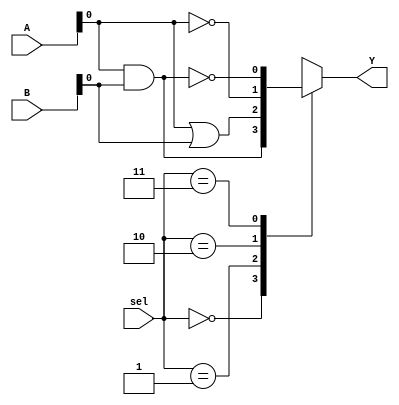
module combinational_logic_block (
    input wire [3:0] A,     // 4-bit input vector
    input wire [3:0] B,     // 4-bit input vector
    input wire [1:0] sel,   // Select line for function selection
    output wire Y           // Output
);

// Internal signals for logic functions
wire and_out, or_out, not_out, nand_out, nor_out, xor_out, xnor_out;

// Implementing the logic functions
assign and_out = A[0] & B[0];       // AND
assign or_out  = A[0] | B[0];       // OR
assign not_out = ~A[0];              // NOT
assign nand_out = ~(A[0] & B[0]);   // NAND
assign nor_out = ~(A[0] | B[0]);    // NOR
assign xor_out = A[0] ^ B[0];       // XOR
assign xnor_out = ~(A[0] ^ B[0]);   // XNOR

// Multiplexer to select the output based on the control signal
always @(*) begin
    case (sel)
        2'b00: Y = and_out;       // Select AND
        2'b01: Y = or_out;        // Select OR
        2'b10: Y = not_out;       // Select NOT
        2'b11: Y = nand_out;      // Select NAND
        // Additional cases can be added for NOR, XOR, and XNOR
        default: Y = 1'b0;        // Default case
    endcase
end

endmodule